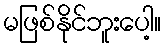
မဖြစ်နိုင်ဘူးပေါ့။